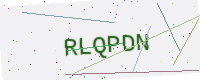
Text: RLQPDN